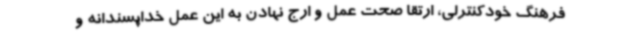
فرهنگ خودکنترلی، ارتقا صحت عمل و ارج نهادن به این عمل خداپسندانه و